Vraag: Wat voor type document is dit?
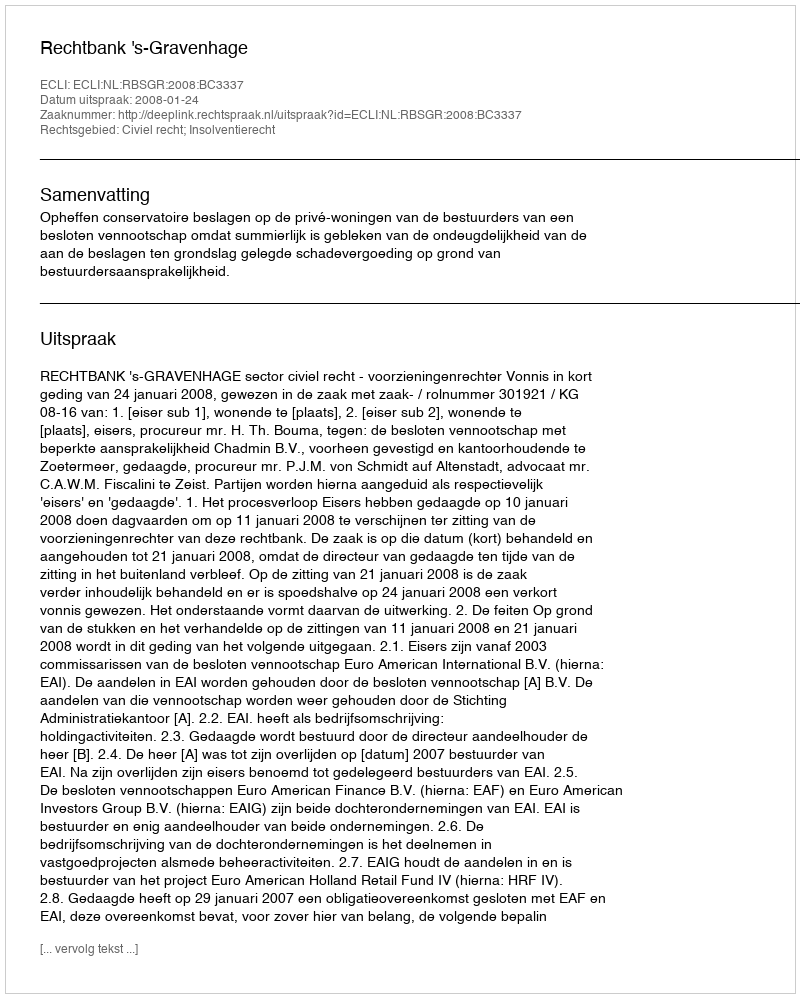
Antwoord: Uitspraak